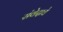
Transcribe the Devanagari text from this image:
संवेदाचे